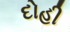
દોહી